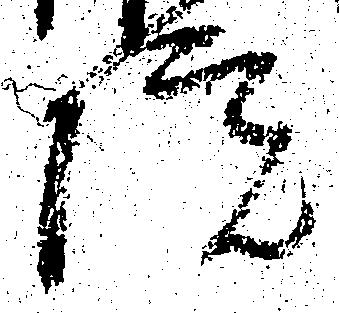
院